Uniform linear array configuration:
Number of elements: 32
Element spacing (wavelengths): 0.75
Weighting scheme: blackman
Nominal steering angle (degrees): -60
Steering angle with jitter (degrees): -58.302
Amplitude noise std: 0.05
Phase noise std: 0.05

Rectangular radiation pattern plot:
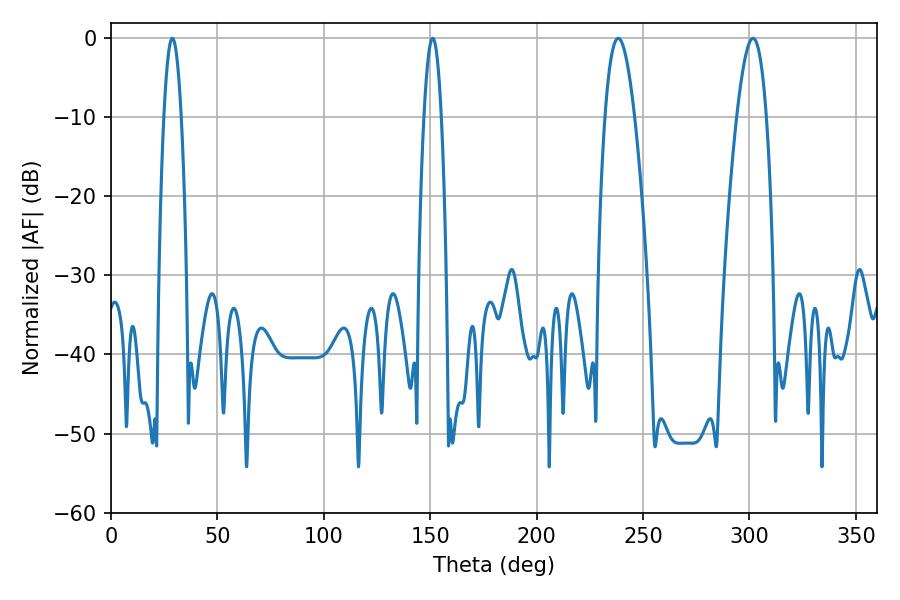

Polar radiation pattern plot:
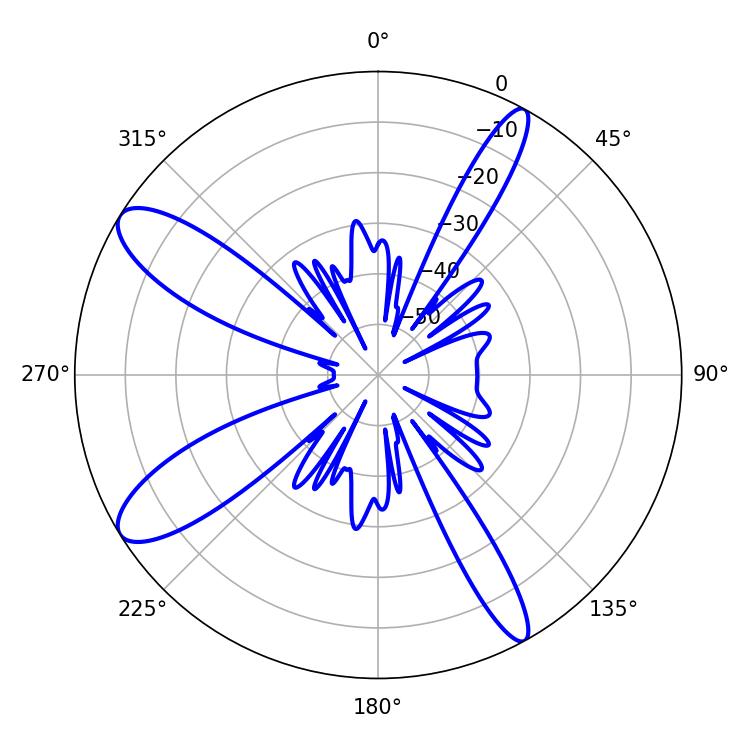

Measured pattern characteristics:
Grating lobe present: TRUE
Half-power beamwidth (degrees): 7.56
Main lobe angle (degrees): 301.68